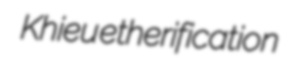
Khieu etherification